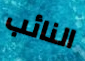
النائب